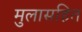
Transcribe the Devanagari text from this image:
मुलासहित